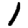
Digit: 1